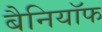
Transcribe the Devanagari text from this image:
बैनियॉफ